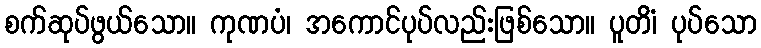
စက်ဆုပ်ဖွယ်သော။ ကုဏပံ၊ အကောင်ပုပ်လည်းဖြစ်သော။ ပူတိံ၊ ပုပ်သော